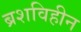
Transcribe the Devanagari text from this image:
ब्रशविहीन